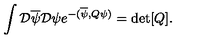
\int { \cal D } \overline { { \psi } } { \cal D } \psi e ^ { - ( \overline { { \psi } } , Q \psi ) } = \mathrm { d e t } [ Q ] .